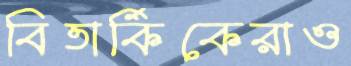
বিতার্কিকেরাও